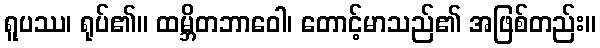
ရူပဿ၊ ရုပ်၏။ ထမ္ဘိတဘာဝေါ၊ တောင့်မာသည်၏ အဖြစ်တည်း။